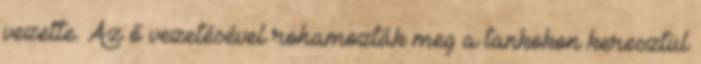
vezette. Az ő vezetésével rohamozták meg a tankokon keresztül